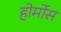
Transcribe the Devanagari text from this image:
होर्मोस